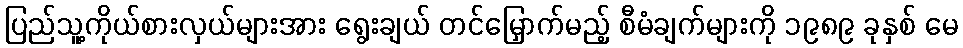
ပြည်သူ့ကိုယ်စားလှယ်များအား ရွေးချယ် တင်မြှောက်မည့် စီမံချက်များကို ၁၉၈၉ ခုနှစ် မေ